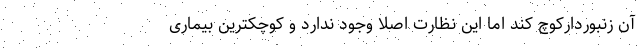
آن زنبوردارکوچ کند اما این نظارت اصلا وجود ندارد و کوچکترین بیماری